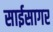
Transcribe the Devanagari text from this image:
साईसागर